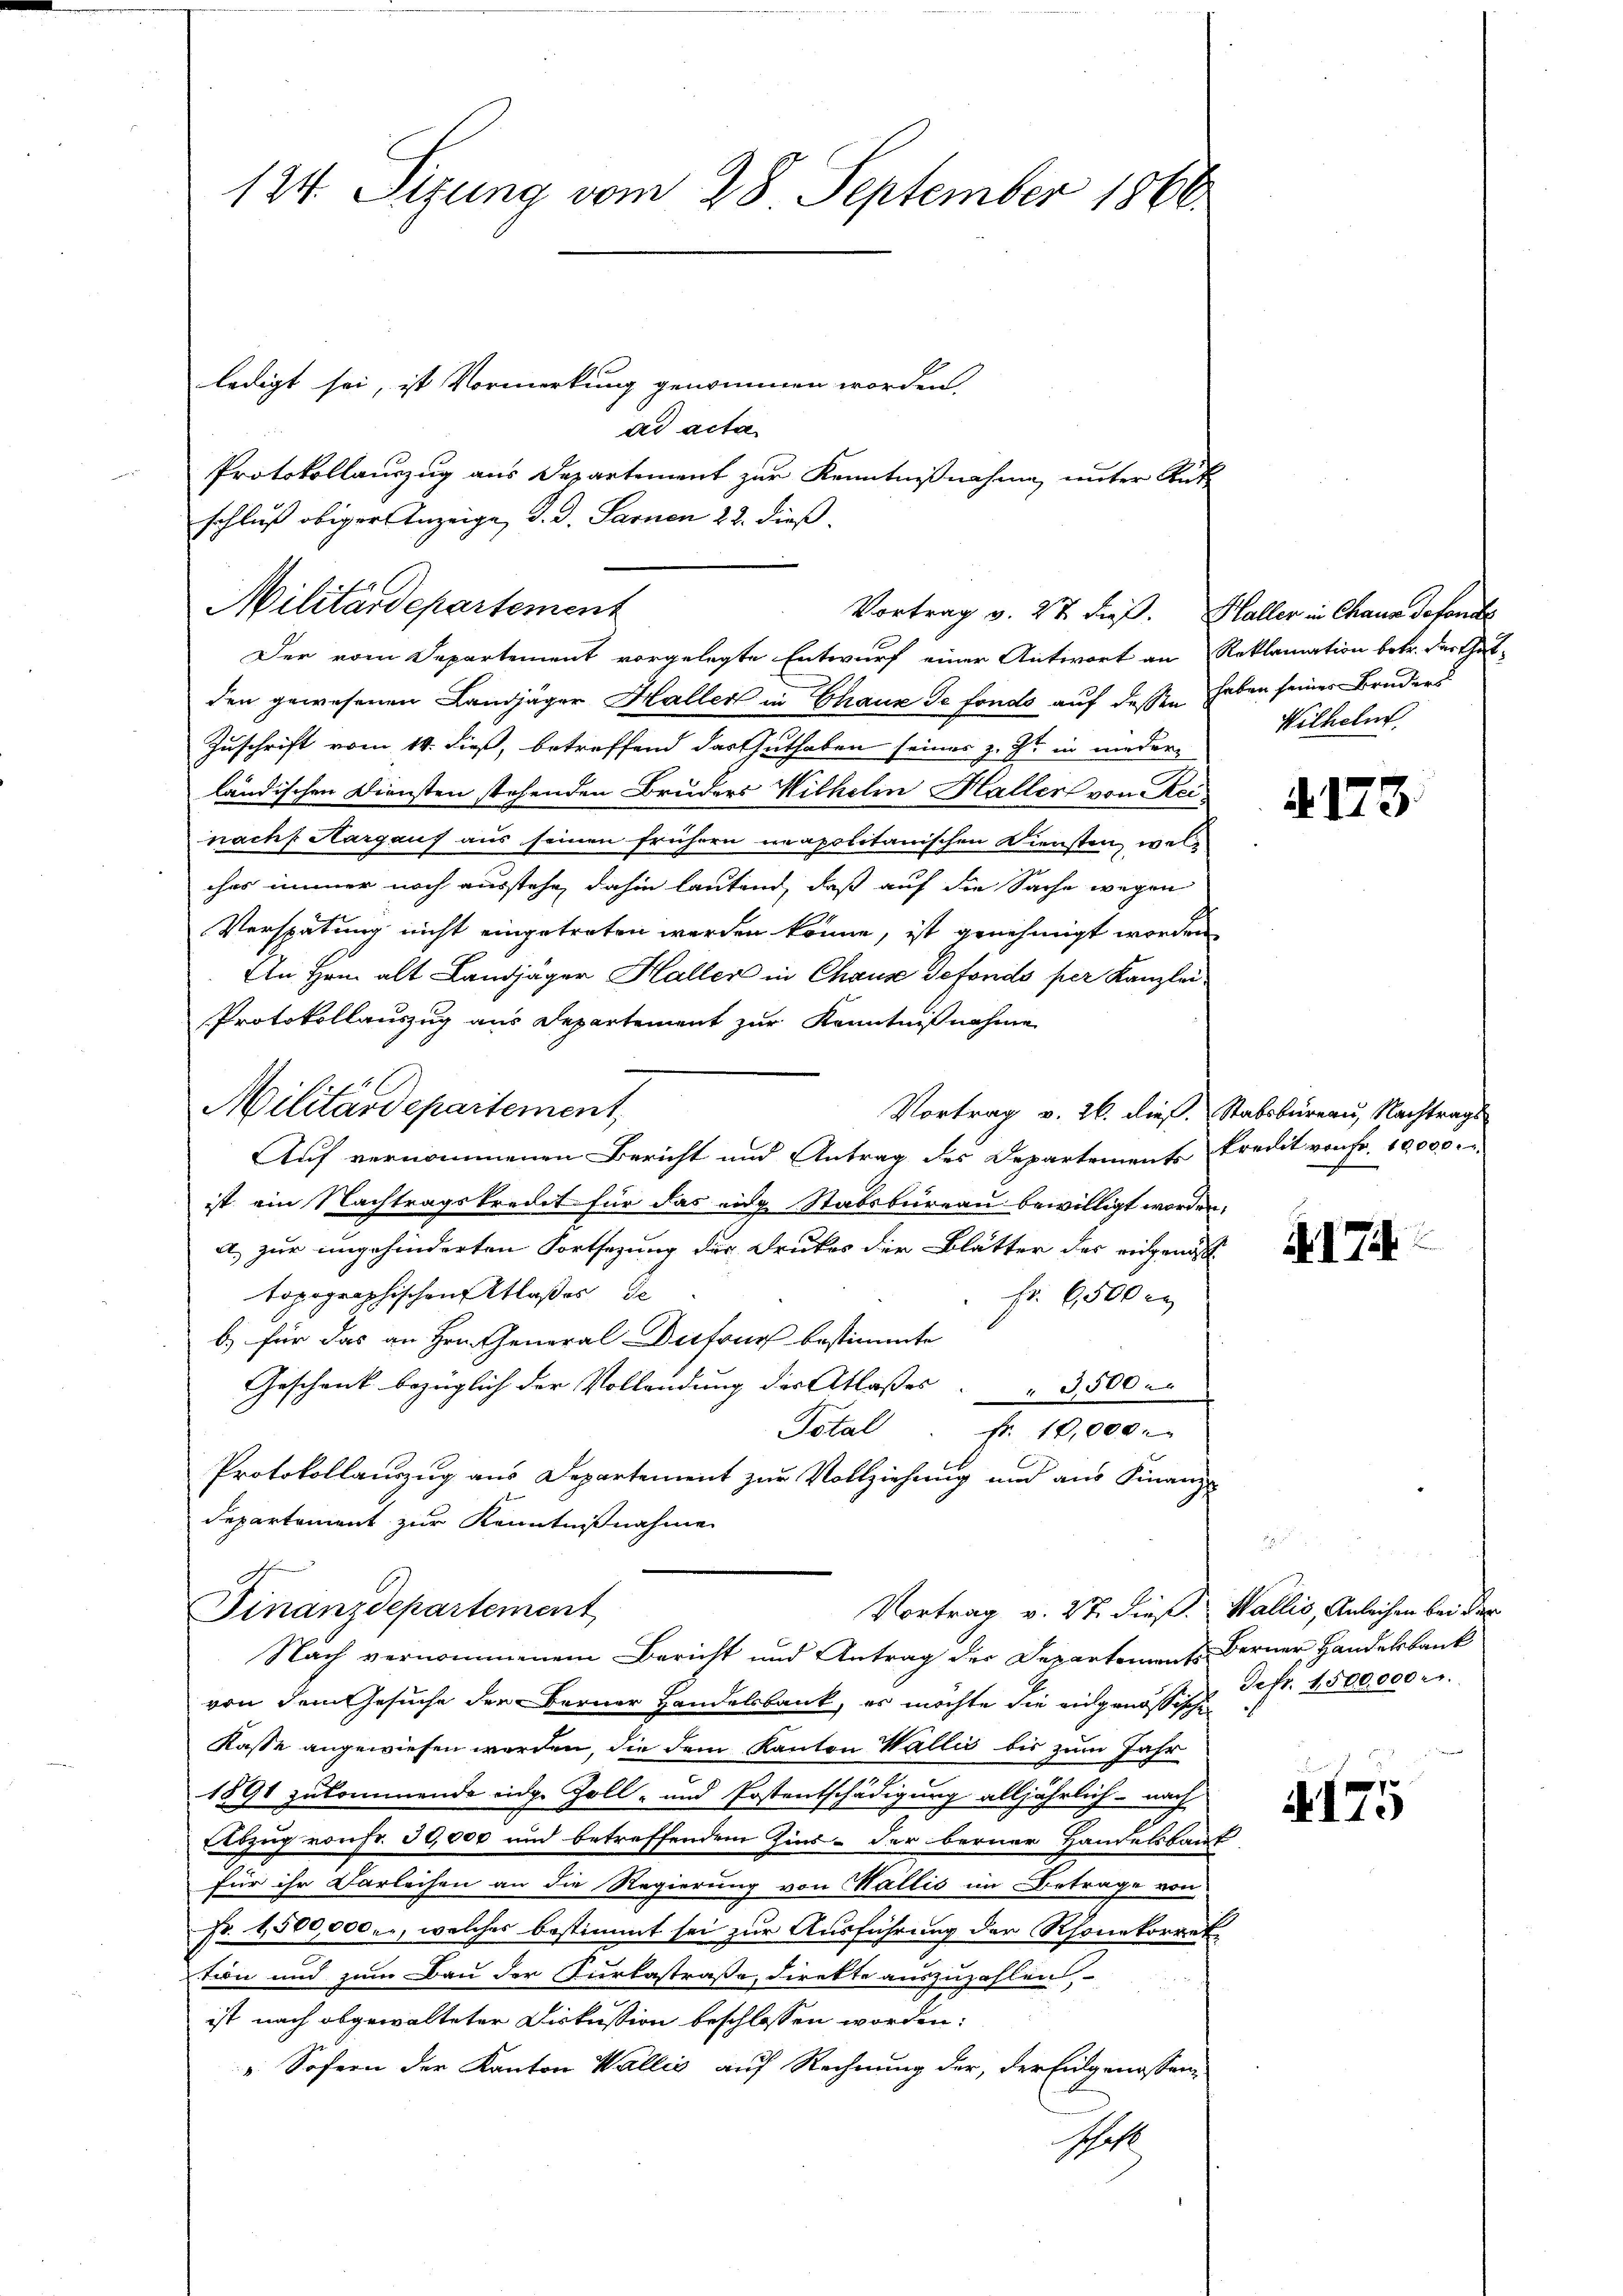
124. Sizung vom 28 September 1860.

ledigt sei, ist Vormerkung genommen worden.
ad acta
Protokollauszug aus Departement zur Kenntnißnahme unter Rüti
schluß obiger Anzeige, d. d. Sarnen 22. dieß
Der vom Departement vorgelegte Entwurf einer Antwort an Reklamation betr. der That-
den gewesenen Landjäger Haller in Chaux de fonds auf dessen haben seiner Bruders
Zuschrift vom 14. dieß, betreffend das Guthaben seines z. Zt. in wieder
ländischen Diensten stehenden Bruders Wilhelin Haller von Reinach Aargauf aus seinen frühern neapolitanischen Diensten, welches immer noch ausstehe, dahin lautend, daß auf die Sache wegen
Verspätung nicht eingetreten werden könne, ist genehmigt worden
An Hrn. alt Landjäger Haller in Chause defonds per Kanzlei
Protokollauszug aus Departement zur Kenntnißnahme
Militärdepartement
Vortrag v. 26. dieß. Stabsbureau, Nachtrags
Auf vernommenen Bericht und Antrag des Departements Predit von Fr. 10,000.
ist ein Nachtragstrecht für das eine Stabsbureau bewilligt worden,
a) zur ungehinderten Fortsezung der Druckes der Blätter des eigena
topographischen Atlaßes de
Fr. 6500 r
b) für das an Hrn. General-Dufours bestimmte
Geschenk bezüglich der Vollendung der Atlaßes " " 3500 u.
Total
Fr. 10,000.
Protokollauszug aus Departement zur Vollziehung und aus Finanz
departement zur Kenntnißnahme
Finanzdepartement
Vortrag v. 27. dieß: Wallis, Anleihen bei der
Nach vernommenem Bericht und Antrag der Departements Berner Handelsbank
von dem Gesuche der Berner Handelsbank, es möchte die eidgenössischen
Kasse angewiesen werden, die dem Kanton Wallis bis zum Jahr
1891 zukommende eidg. Zoll- und Postentschädigung alljährlich - nach
Arzug von Fr. 30,000 und betreffendem Zins- der berner Handelsbaut
für ihr Darleihen an die Regierung von Wallis im Betrage von
Nr. 1,500,000., welches bestimmt sei zur Ausführung der Rhonetorret-
tion und zum Bau der Furkastraße, direkte auszuzahlen,
ist nach abgewalteter Diskussion beschlossen worden:
v Sofern der Kanton Wallis auf Rechnung der, der Eidgenossen
schaft

Militärdepartement

Vortrag v. 27. dieß. Haller in Chaus detonte

Wilhelm

§. 173.

N. 17

Tefr. 1500,000 r.

175